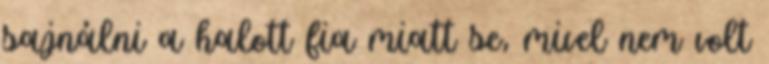
sajnálni a halott fia miatt se, mivel nem volt